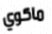
ماكوي